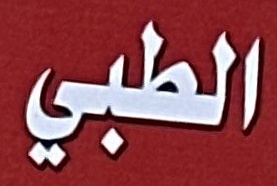
الطبي